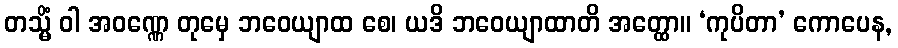
တသ္မိံ ဝါ အဝဏ္ဏေ တုမှေ ဘဝေယျာထ စေ၊ ယဒိ ဘဝေယျာထာတိ အတ္ထော။ ‘ကုပိတာ’ ကောပေန,